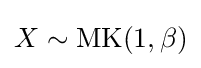
X\sim {\textrm {MK}}(1,\beta )